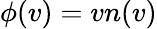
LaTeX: \phi(v)=vn(v)